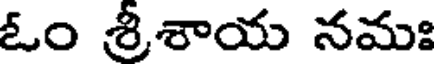
ఓం శ్రీశాయ నమః